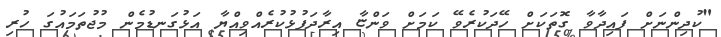
"ކުދިންނަށް ފައިދާވާ ގޮތަކަށް ހޭދަކުރެވޭ ކަމަށް ވަންޏާ އިރާދަފުޅުކުރެއްވިއްޔާ އަޅުގަނޑުމެން މުޖުތަމައުގަ ހުރި